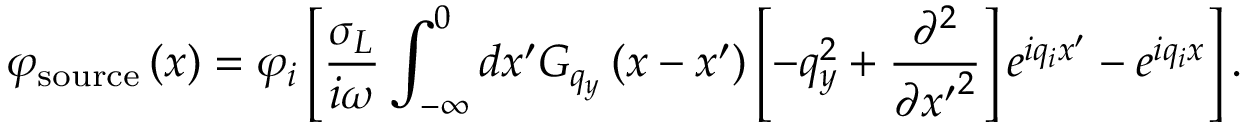
{ { \varphi } _ { \mathrm { s o u r c e } } } \left( x \right) = { { \varphi } _ { i } } \left[ \frac { { { \sigma } _ { L } } } { i \omega } \int _ { - \infty } ^ { 0 } { d { x } ^ { \prime } { { G } _ { { { q } _ { y } } } } \left( x - { x } ^ { \prime } \right) \left[ - q _ { y } ^ { 2 } + \frac { { { \partial } ^ { 2 } } } { \partial { { { { x } ^ { \prime } } } ^ { 2 } } } \right] { { e } ^ { i { { q } _ { i } } { x } ^ { \prime } } } } - { { e } ^ { i { { q } _ { i } } x } } \right] .